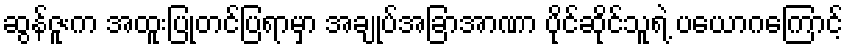
ဆွန်ဇူးက အထူးပြုတင်ပြရာမှာ အချုပ်အခြာအာဏာ ပိုင်ဆိုင်သူရဲ့ ပယောဂကြောင့်